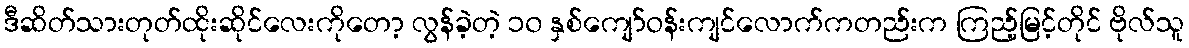
ဒီဆိတ်သားတုတ်ထိုးဆိုင်လေးကိုတော့ လွန်ခဲ့တဲ့ ၁၀ နှစ်ကျော်ဝန်းကျင်လောက်ကတည်းက ကြည့်မြင့်တိုင် ဗိုလ်သူ